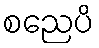
စညေပိ